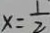
x = \frac { 1 } { 2 }